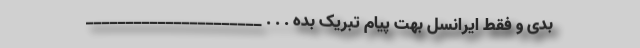
بدی و فقط ایرانسل بهت پیام تبریک بده . . . ______________________